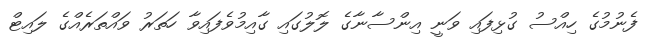
ފެނުމުގެ ހިއްސު ގުޅިފައި ވަނީ އިންސާނާގެ ލޮލުގައި ގާއިމުވެފައިވާ ހަތަރު ވައްތަރެއްގެ ލައިޓް